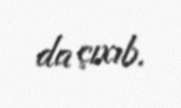
da çıxıb.